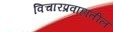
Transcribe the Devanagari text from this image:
विचारप्रवाहातील